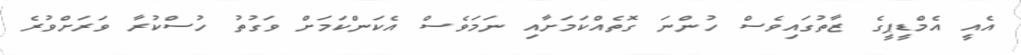
އެއީ އެމްޑީޕީގެ ޒާތުގައިވެސް ހުންނަ ގޮތެއްކަމަށާއި ނަމަވެސް އެކަންކަމަށް ވަގުތު ހުސްކުރާ ވަރަށްވުރެ